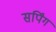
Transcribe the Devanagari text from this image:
सर्पिंग